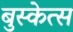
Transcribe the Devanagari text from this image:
बुस्केत्स